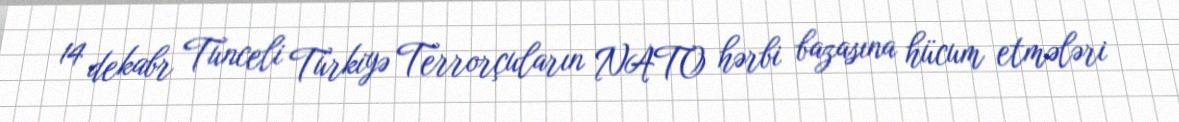
14 dekabr Tunceli Türkiyə Terrorçuların NATO hərbi bazasına hücum etmələri